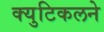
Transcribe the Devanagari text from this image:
क्युटिकलने